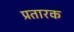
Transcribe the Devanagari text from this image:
प्रतारक